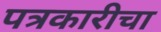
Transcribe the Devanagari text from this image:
पत्रकारीचा